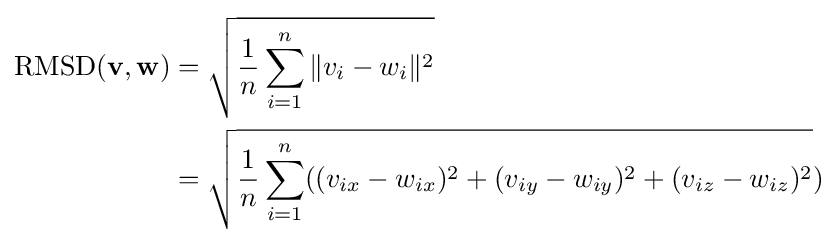
{\begin{aligned}\mathrm {RMSD} (\mathbf {v} ,\mathbf {w} )&={\sqrt {{\frac {1}{n}}\sum _{i=1}^{n}\|v_{i}-w_{i}\|^{2}}}\\&={\sqrt {{\frac {1}{n}}\sum _{i=1}^{n}((v_{ix}-w_{ix})^{2}+(v_{iy}-w_{iy})^{2}+(v_{iz}-w_{iz})^{2}}})\end{aligned}}